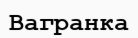
Вагранка